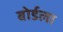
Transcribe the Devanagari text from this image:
बोर्डला